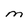
Character: M